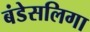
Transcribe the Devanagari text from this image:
बंडेसलिगा